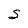
Character: S